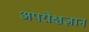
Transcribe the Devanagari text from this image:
अपरोक्षज्ञान